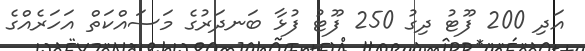
އަދި 200 ފޫޓު ދިގު 250 ފޫޓު ފުޅާ ބަނދަރުގެ މަސައްކަތް އަހަރެއްގެ